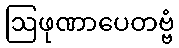
ဩဖုဏာပေတဗ္ဗံ